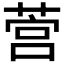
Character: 𦵡